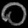
Digit: ၀